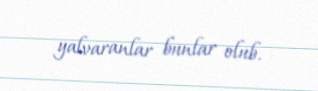
yalvaranlar bunlar olub.